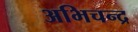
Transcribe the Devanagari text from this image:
अभिचन्द्र